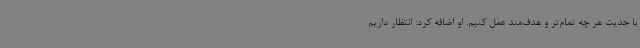
با جدیت هر چه تمام‌تر و هدف‌مند عمل کنیم. او اضافه کرد: انتظار داریم